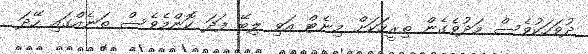
ދުވަހަކުވެސް މަދުވެގެން ތިރީހަކަށް މިނެޓް އަވި ލިބޭ ފަދަ ކޮންމެވެސް ތަނެއްގައި ހޭދަ